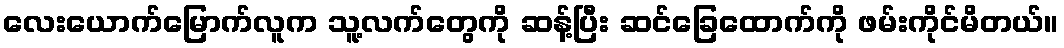
လေးယောက်မြောက်လူက သူ့လက်တွေကို ဆန့်ပြီး ဆင်ခြေထောက်ကို ဖမ်းကိုင်မိတယ်။